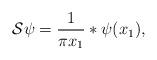
LaTeX: \begin{align*}\mathcal{S}\psi = \frac{1}{\pi x_1}\ast\psi(x_1),\end{align*}